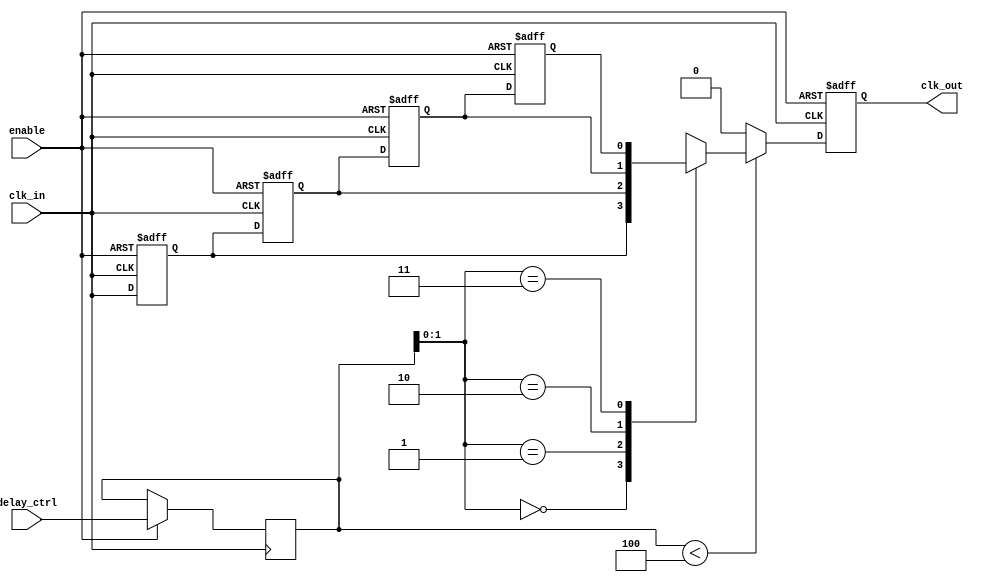
module delay_clock_buffer #(
    parameter DELAY_CYCLES = 4 // Number of clock cycles to delay
) (
    input wire clk_in,           // Input clock signal
    input wire enable,           // Enable signal
    input wire [3:0] delay_ctrl, // Control signal for dynamic delay configuration
    output reg clk_out           // Output delayed clock signal
);

    // Internal signals
    reg [DELAY_CYCLES-1:0] delay_line [0:DELAY_CYCLES-1];
    reg [3:0] delay_setting; // To store the current delay setting
    integer i;

    // Clock buffering logic
    always @(posedge clk_in or negedge enable) begin
        if (!enable) begin
            // When disabled, output is low
            clk_out <= 1'b0;
            // Clear the delay line
            for (i = 0; i < DELAY_CYCLES; i = i + 1) begin
                delay_line[i] <= 1'b0;
            end
        end else begin
            // Shift the delay line
            for (i = DELAY_CYCLES-1; i > 0; i = i - 1) begin
                delay_line[i] <= delay_line[i-1];
            end
            
            // Set the first element of the delay line to the input clock
            delay_line[0] <= clk_in;

            // Update the delay setting based on control input
            delay_setting <= delay_ctrl;

            // Output the delayed clock based on the current delay setting
            if (delay_setting < DELAY_CYCLES) begin
                clk_out <= delay_line[delay_setting];
            end else begin
                clk_out <= 1'b0; // If delay exceeds the line, output low
            end
        end
    end

endmodule